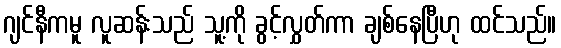
ဂျင်နီကမူ လူဆန်းသည် သူ့ကို ခွင့်လွှတ်ကာ ချစ်နေပြီဟု ထင်သည်။